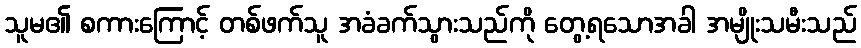
သူမ၏ စကားကြောင့် တစ်ဖက်သူ အခံခက်သွားသည်ကို တွေ့ရသောအခါ အမျိုးသမီးသည်